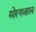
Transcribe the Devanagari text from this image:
मोरगव्हान